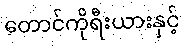
တောင်ကိုရီးယားနှင့်